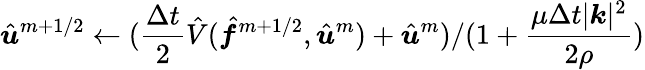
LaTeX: \hat{\boldsymbol u}^{m+1/2}\gets(\frac{\Delta t}{2}\hat{V}(\hat{\boldsymbol f}^{m+1/2},\hat{\boldsymbol u}^{m})+\hat{\boldsymbol u}^{m})/(1+\frac{\mu\Delta t|\boldsymbol k|^{2}}{2\rho})